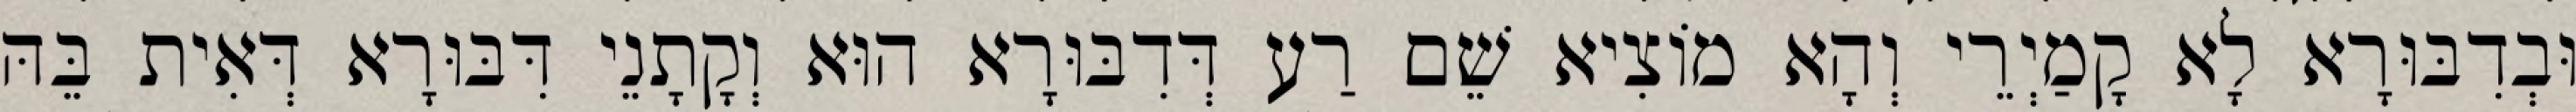
וּבְדִבּוּרָא לָא קָמַיְרֵי וְהָא מוֹצִיא שֵׁם רַע דְּדִבּוּרָא הוּא וְקָתָנֵי דִּבּוּרָא דְּאִית בֵּהּ